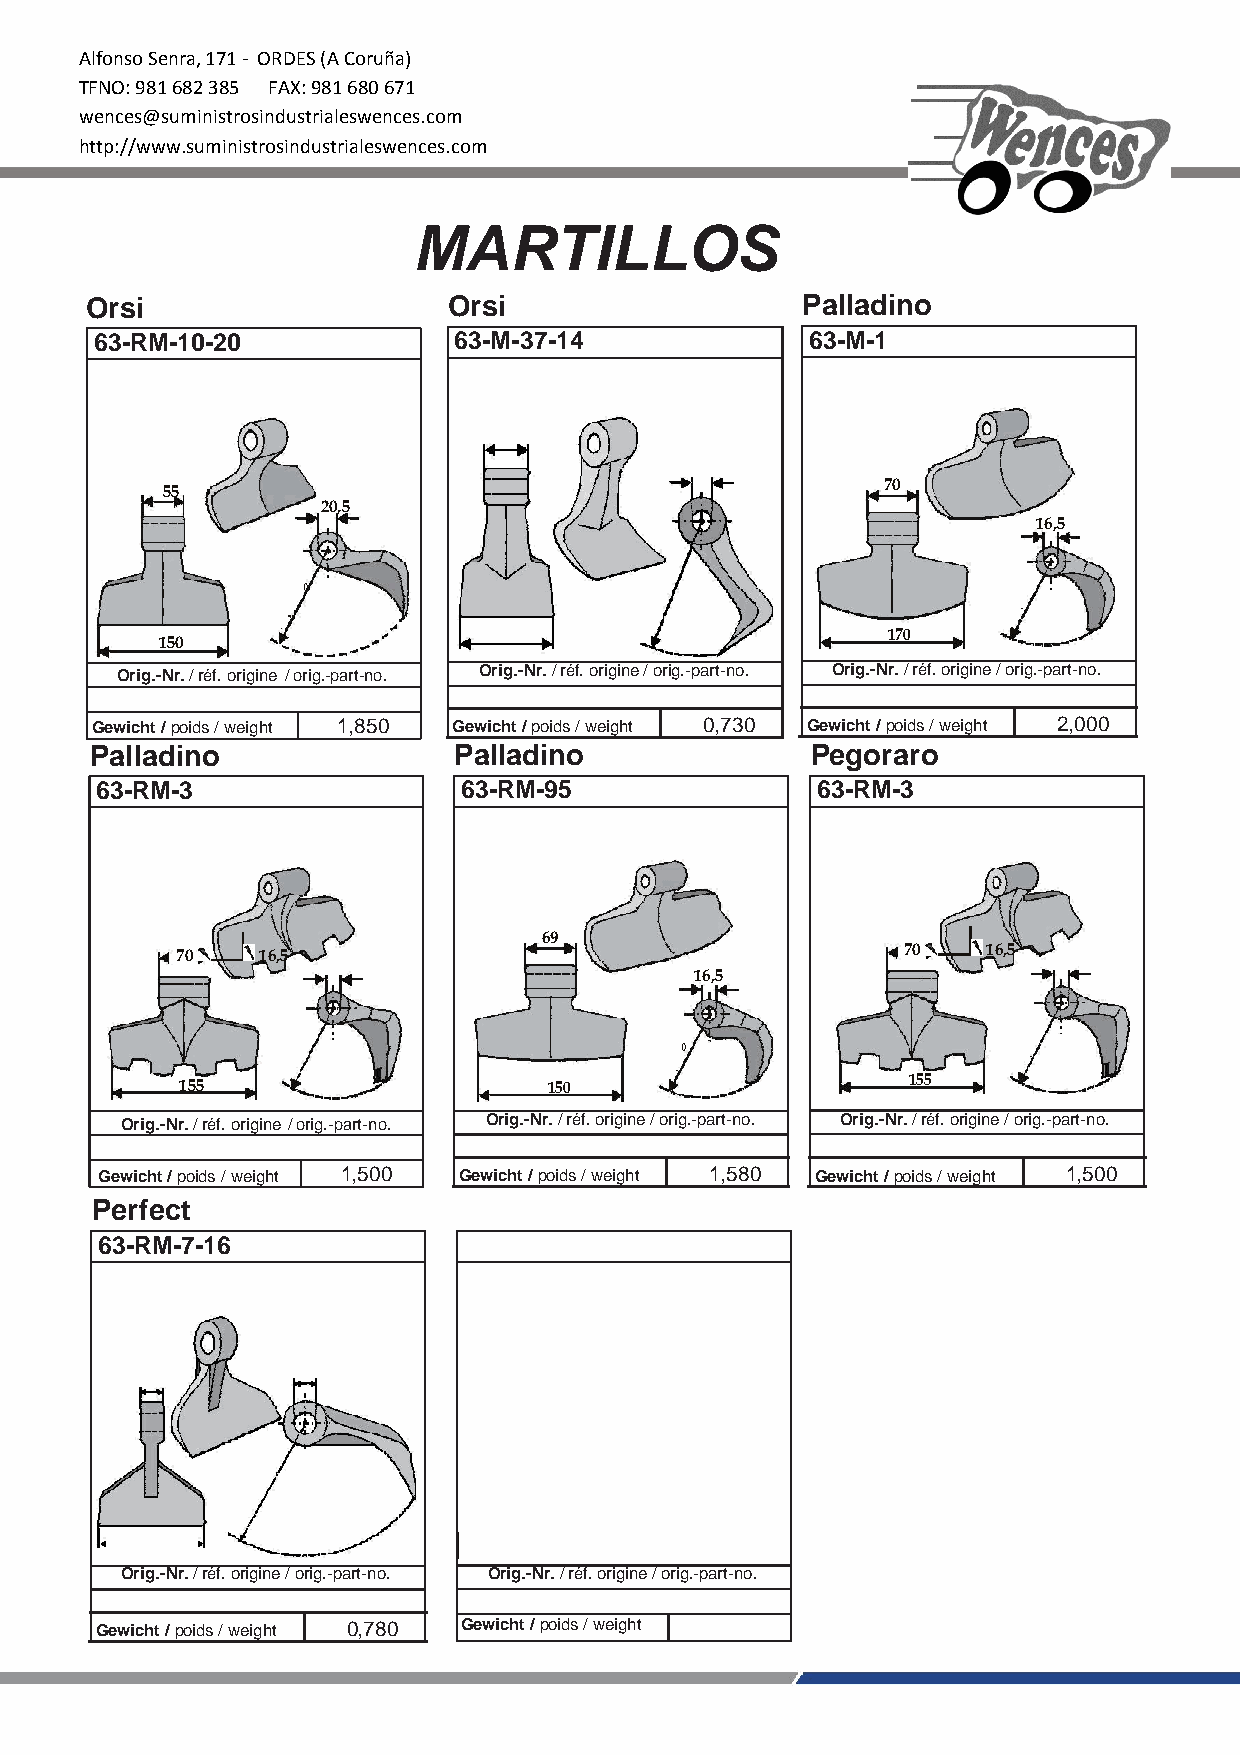
Alfonso Senra, 171 - ORDES (A Coruña)
 TFNO: 981 682 385 FAX: 981 680 671
 wences@suministrosindustrialeswences.com
 http://www.suministrosindustrialeswences.com
 MARTILLOS
 Orsi                    Orsi                   Palladino
 63-RM-10-20             63-M-37-14              63-M-1
 55
 70
 20,5
 16,5
 150
 R
 =10
 0
 170     R
 = 8 8
 Orig.-Nr. / réf. origine / orig.-part-no. Orig.-Nr. / réf. origine / orig.-part-no. Orig.-Nr. / réf. origine / orig.-part-no.
 Gewicht / poids / weight 1,850 Gewicht / poids / weight 0,730 Gewicht / poids / weight 2,000
 Palladino               Palladino               Pegoraro
 63-RM-3                 63-RM-95                63-RM-3
 69
 70   16,5                                       70   16,5
 16,5
 0
 155    R = 85           150     R =9            155    R = 85
 Orig.-Nr. / réf. origine / orig.-part-no. Orig.-Nr. / réf. origine / orig.-part-no. Orig.-Nr. / réf. origine / orig.-part-no.
 Gewicht / poids / weight 1,500 Gewicht / poids / weight 1,580 Gewicht / poids / weight 1,500
 Perfect
 63-RM-7-16
 Orig.-Nr. / réf. origine / orig.-part-no. Orig.-Nr. / réf. origine / orig.-part-no.
 Gewicht / poids / weight 0,780 G ewicht / poids / weight